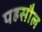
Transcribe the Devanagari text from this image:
पहसौल